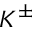
K ^ { \pm }